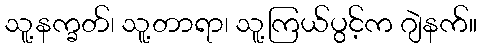
သူ့နက္ခတ်၊ သူ့တာရာ၊ သူ့ကြယ်ပွင့်က ဂျဲနက်။